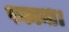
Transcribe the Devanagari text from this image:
पकाना।